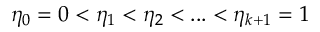
\eta _ { 0 } = 0 < \eta _ { 1 } < \eta _ { 2 } < . . . < \eta _ { k + 1 } = 1